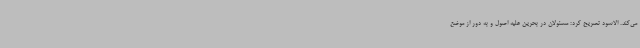
می‌کند. الاسود تصریح کرد: مسئولان در بحرین علیه اصول و به دور از موضع